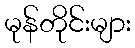
မုန်တိုင်းများ